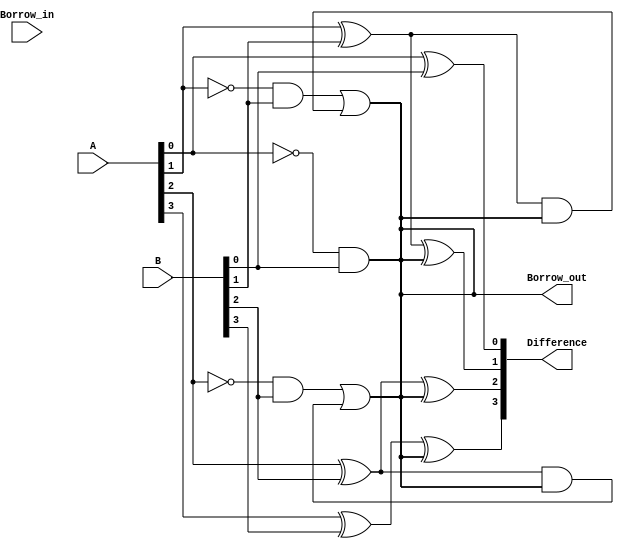
module gate_level_subtractor(
    input [3:0] A,
    input [3:0] B,
    input Borrow_in,
    output [3:0] Difference,
    output Borrow_out
);

assign Difference[0] = A[0] ^ B[0];
assign Borrow_out = ~A[0] & B[0];
assign Difference[1] = (A[1] ^ B[1]) ^ Borrow_out;
assign Borrow_out = (~A[1] & B[1]) | ((A[1] ^ B[1]) & Borrow_out);
assign Difference[2] = (A[2] ^ B[2]) ^ Borrow_out;
assign Borrow_out = (~A[2] & B[2]) | ((A[2] ^ B[2]) & Borrow_out);
assign Difference[3] = (A[3] ^ B[3]) ^ Borrow_out;

endmodule